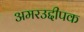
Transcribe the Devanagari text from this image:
अमरउद्दीपक